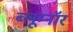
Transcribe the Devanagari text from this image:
ब्लूम्नॉर